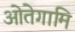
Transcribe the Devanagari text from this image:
ओतेगामि